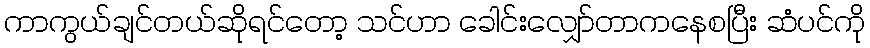
ကာကွယ်ချင်တယ်ဆိုရင်တော့ သင်ဟာ ခေါင်းလျှော်တာကနေစပြီး ဆံပင်ကို